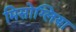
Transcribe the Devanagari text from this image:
मिसोग्लिया